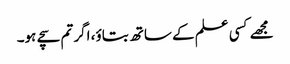
مجھے کسی علم کے ساتھ بتاؤ، اگر تم سچے ہو۔